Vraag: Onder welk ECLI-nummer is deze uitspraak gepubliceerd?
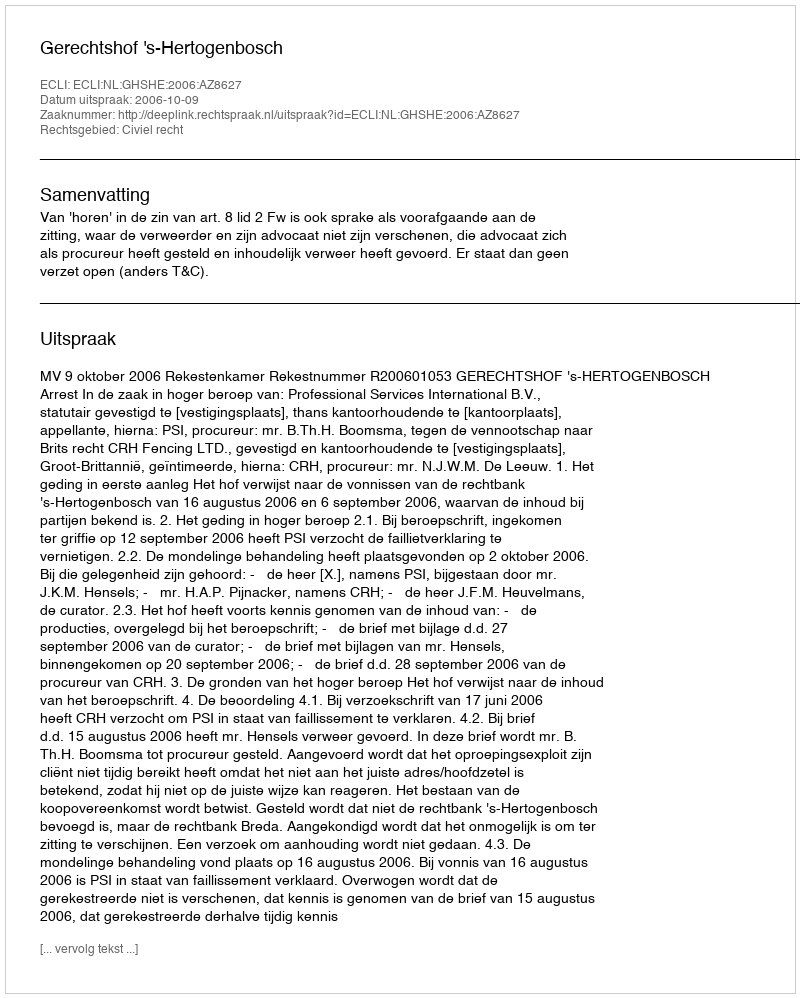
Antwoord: ECLI:NL:GHSHE:2006:AZ8627